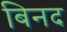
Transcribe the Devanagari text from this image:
बिनद